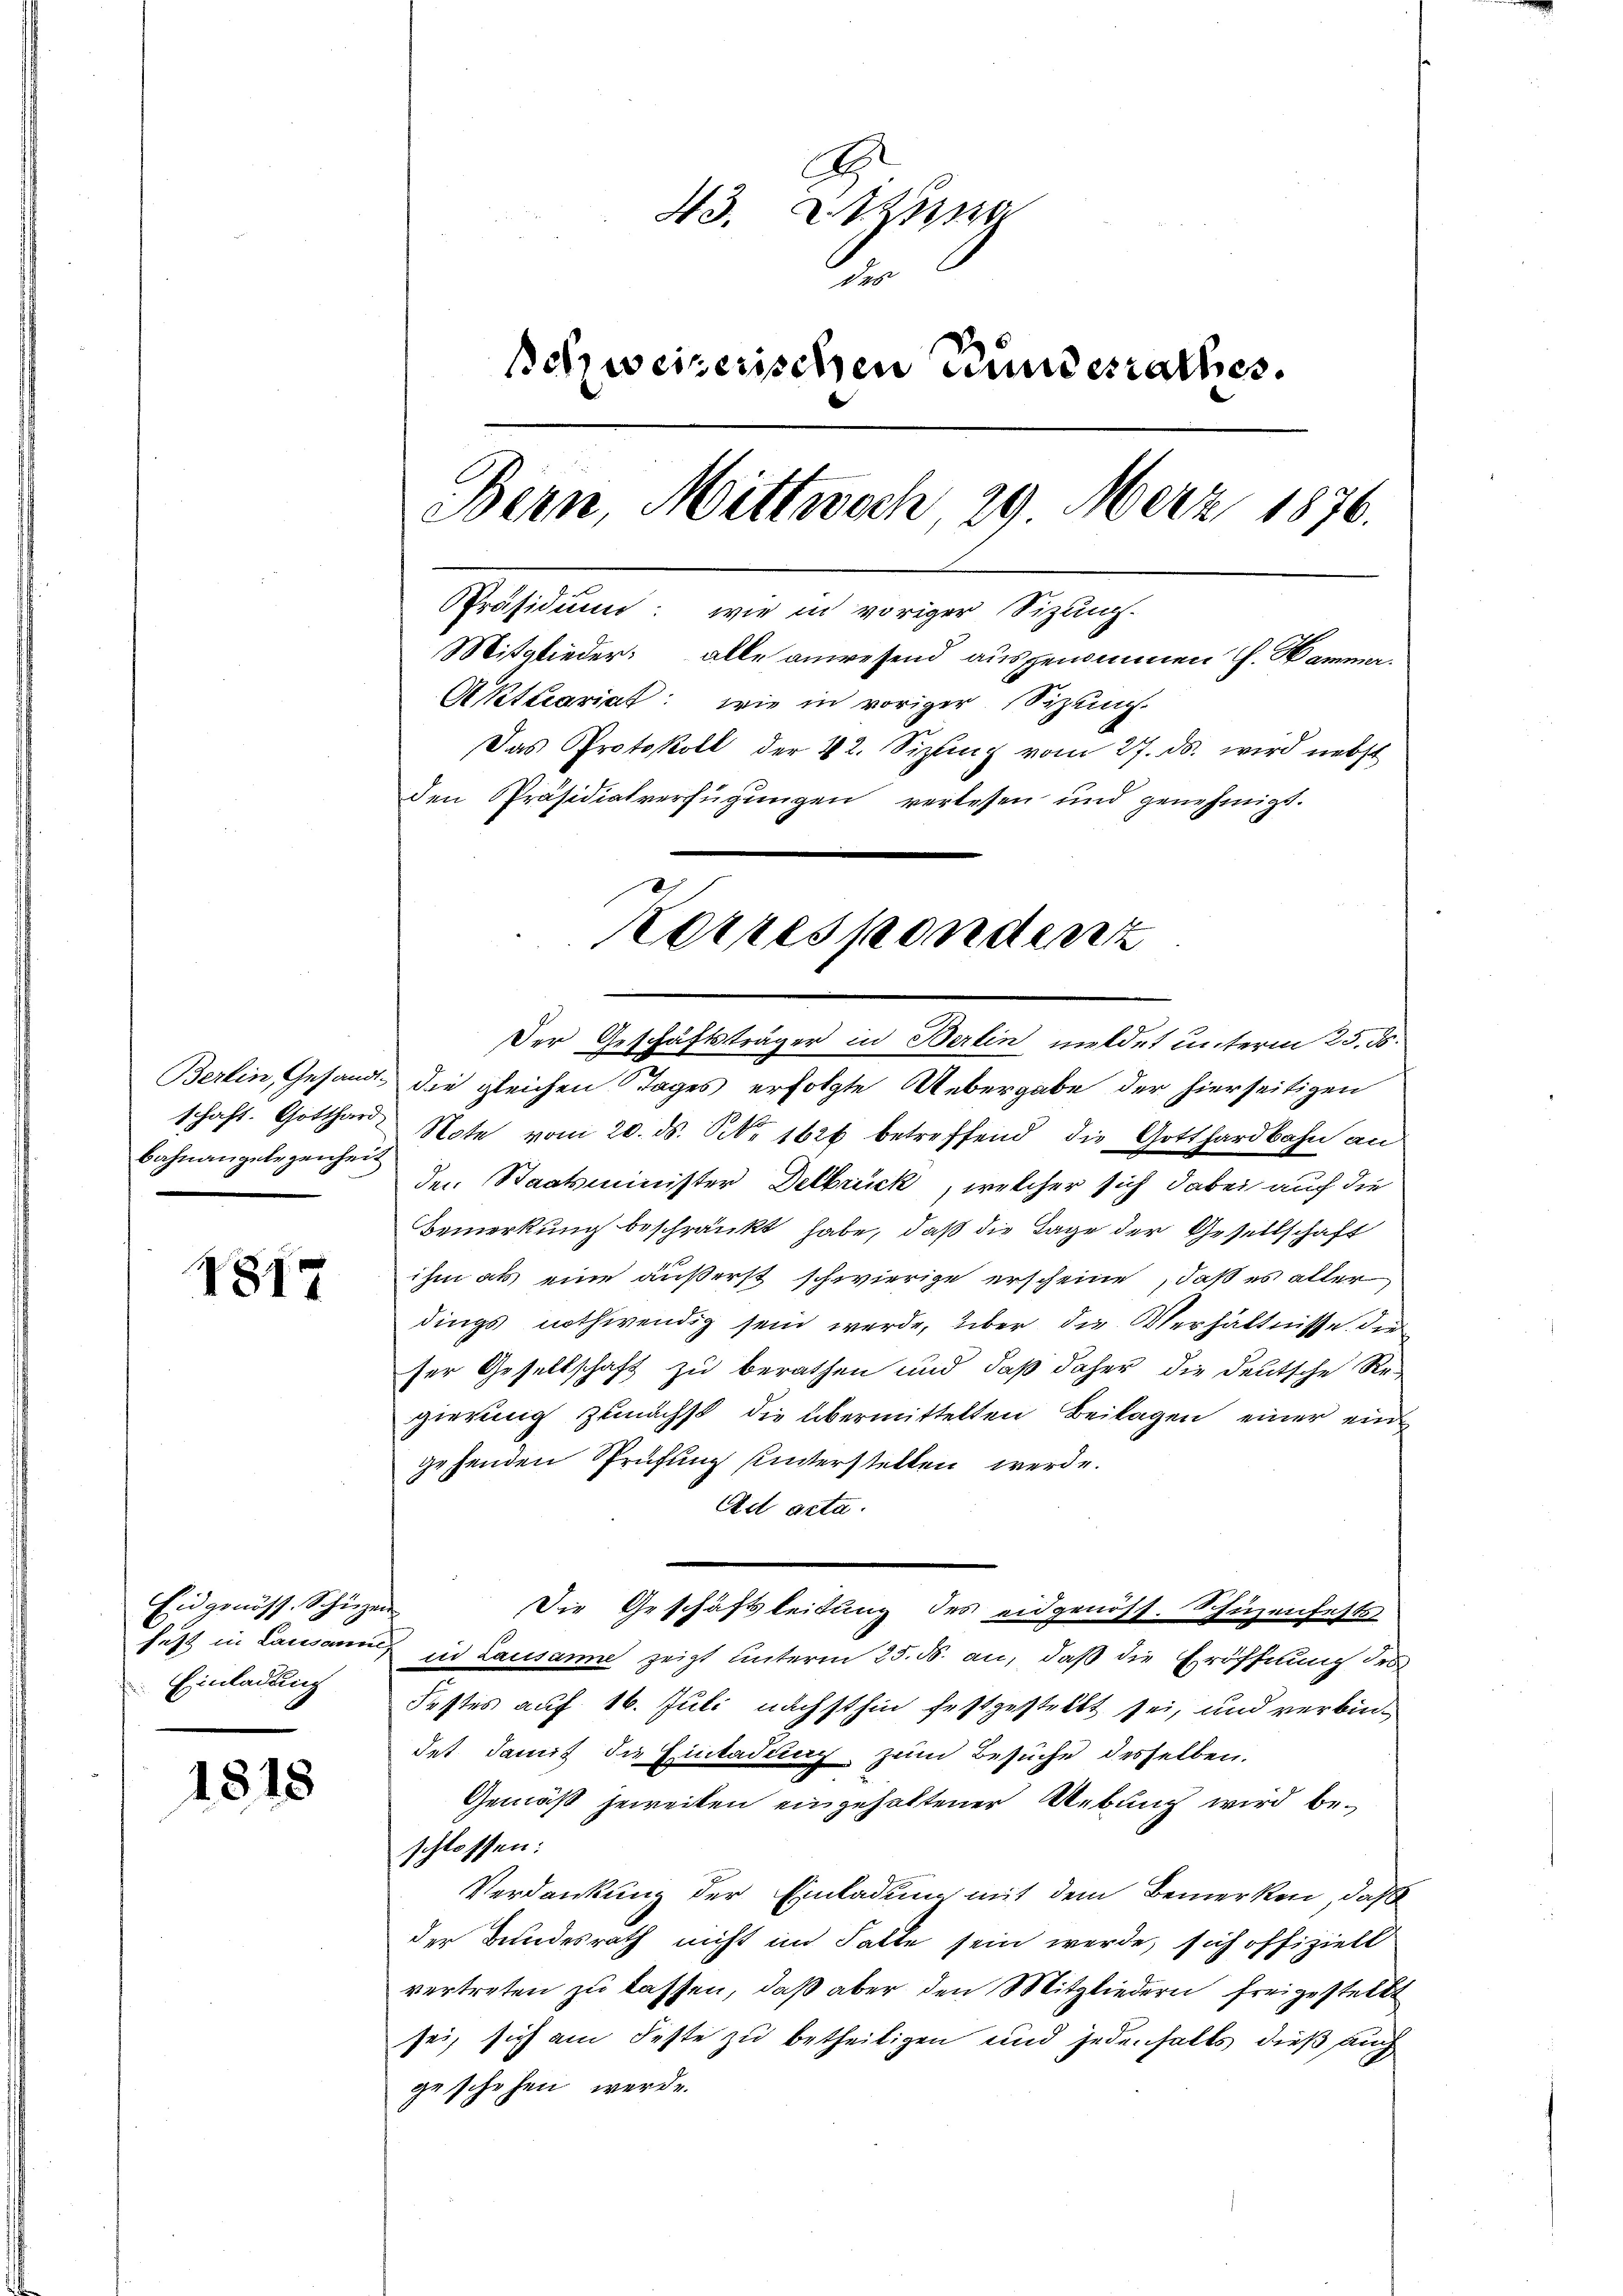
Bahnangelegenheit

1812

Eidgenöss. Schürzen
Einladung

1818

43. Ma
e
Schweizerischen Bundesrathes.
Bern, Mittwoch, 29. März 1876.
Präsidium: wie in voriger Sizung.
Mitglieder: alle anwesend ausgenommen h. Mamma
Aktecariat: wie in voriger Sizung.
Das Protokoll der 42. Sizling vom 27. ds. wird nebst
den Präsidialverfügungen verlesen und genehmigt.

Korrespondenz

Der Geschäftsträger in Berlin meldet unterm 25. ds.
Berlin, Gesandt die gleichen Tages erfolgte Uebergabe der hierseitigen
schaft. Gotthard Note vom 20. ds. S. 1626 betreffend die Gotthardbahn an
den Staatsminister Delbrück, welcher sich dabei auch die
Bemerkung beschränkt habe, daß die Tage der Gesellschaft
ihm als eine äußerst schwierige erscheine, daß es aller
dings nothwendig sein werde, über die Verhältnisse, die
ser Gesellschaft zu berathen und daß daher die deutsche Regierung zunächst die übermittelten Beilagen einer eingehenden Sprüfung hinterstellen werde.
Ad acta.
Die Geschäftsleitung des eidgenöss. Schüzenfests
hetzt in Lausanne in Lausanne zeigt unterm 25. ds. an, daß die Eröffnung des
Festes auf 16. Juli nächsthin festgestellt sei, und verbindet damit die Einladung zum Besuche desselben.
Gemäß jeweiten eingehaltener Uebung wird beschlossen:
Verdankung der Einladung mit dem Bemerken, daß
der Bundesrath nicht im Falle sein werde, sich offiziell
vertreten zu lassen, daß aber den Mitgliedern freigestellt
sei, sich am Feste zu betheiligen und jedenfalls dieß auch
geschehen werde.